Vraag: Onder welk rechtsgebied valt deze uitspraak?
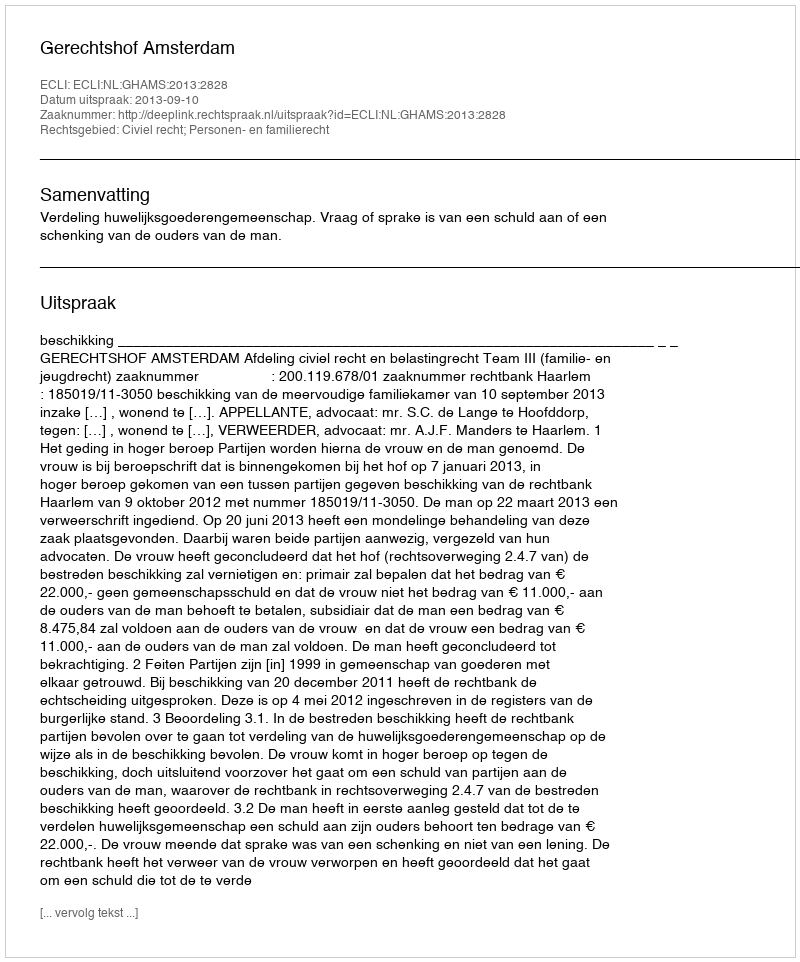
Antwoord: Civiel recht; Personen- en familierecht